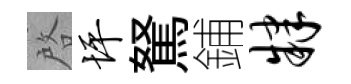
啓坪駑鋪肄